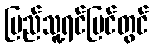
ပြည်သူ့ရင်ပြင်တွင်